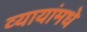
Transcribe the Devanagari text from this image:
व्यायांमधे